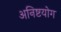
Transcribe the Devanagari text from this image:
अनिष्टयोग